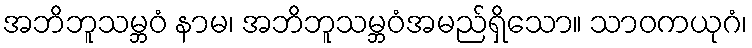
အဘိဘူသမ္ဘဝံ နာမ၊ အဘိဘူသမ္ဘဝံအမည်ရှိသော။ သာဝကယုဂံ၊